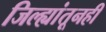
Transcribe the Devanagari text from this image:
जिल्ह्यांतूनही